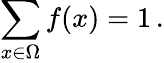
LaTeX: \sum_{x\in\Omega}f(x)=1\, .